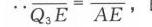
图1 - 3
这只需证\(\triangle AND\sim\triangle PBD\)，由\(PC\parallel AN\)便可得到。
（证明略）
例4 如图1 - 4，设\(H\)是\(\triangle ABC\)的垂心。\(M\)是\(BC\)的中点，延长中线\(AM\)交\(\triangle BHC\)的外接圆于\(D\)。
求证：\(M\)是\(AD\)的中点。
分析：直接证法不易奏效。现将\(AM\)延长一倍到\(D'\)，使\(MD' = AM\)。证明\(D'\)在\(\triangle BHC\)的外接圆上，用同一法完成证明。
证明：延长\(AM\)到\(D'\)，使\(MD' = AM\)，连\(BD'\)、\(CD'\)。由\(ABD'C\)是平行四边形\(\Rightarrow\angle BD'C = \angle A\Rightarrow\angle A+\angle BHC=\angle A+\angle EHF = 180^{\circ}\Rightarrow\angle BD'C+\angle BHC = 180^{\circ}\Rightarrow B\)、\(H\)、\(C\)、\(D'\)四点共圆\(\Rightarrow D'\)在\(\triangle BHC\)的外接圆上。但\(AM\)的延长线与此圆的交点只有一个，故\(D\)与\(D'\)点重合，\(\therefore M\)为\(AD\)的中点。